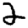
Digit: 2